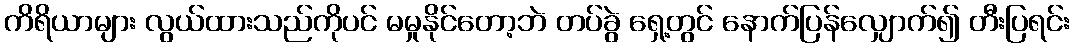
ကိရိယာများ လွယ်ထားသည်ကိုပင် မမှုနိုင်တော့ဘဲ တပ်ခွဲ ရှေ့တွင် နောက်ပြန်လျှောက်၍ တီးပြရင်း